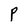
Character: P